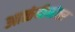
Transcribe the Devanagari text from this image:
आळंदीनंतर